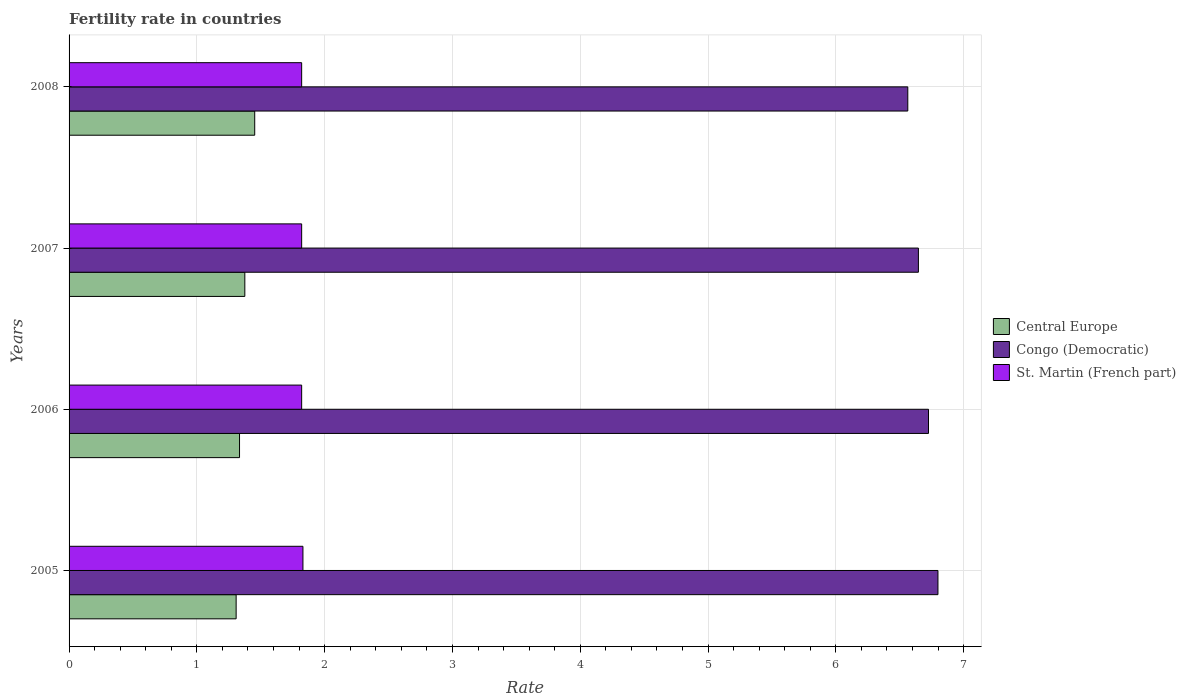
| Years | Central Europe | Congo (Democratic) | St. Martin (French part) |
 | --- | --- | --- | --- |
 | 2005 | 1.31 | 6.8 | 1.83 |
 | 2006 | 1.33 | 6.72 | 1.82 |
 | 2007 | 1.38 | 6.65 | 1.82 |
 | 2008 | 1.45 | 6.56 | 1.82 |